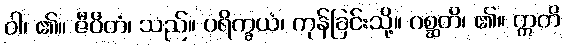
ဝါ၊ ၏။ ဇီဝိတံ၊ သည်။ ပရိက္ခယံ၊ ကုန်ခြင်းသို့။ ဂစ္ဆတိ၊ ၏။ ဣတိ